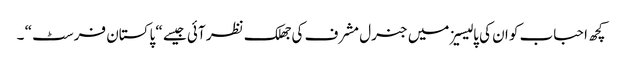
کچھ احباب کو ان کی پالیسیز میں جنرل مشرف کی جھلک نظر آئی جیسے “ پاکستان فرسٹ “ ۔